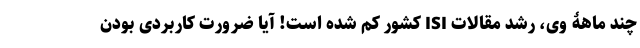
چند ماهۀ وی، رشد مقالات ISI کشور کم شده است! آیا ضرورت کاربردی بودن